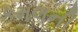
કમલની